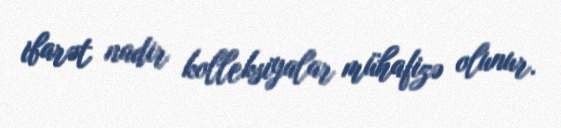
ibarət nadir kolleksiyalar mühafizə olunur.